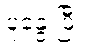
ပူနွေးပြီး